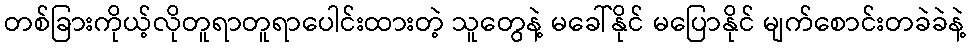
တစ်ခြားကိုယ့်လိုတူရာတူရာပေါင်းထားတဲ့ သူတွေနဲ့ မခေါ်နိုင် မပြောနိုင် မျက်စောင်းတခဲခဲနဲ့